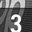
Digit: 3